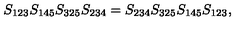
S _ { 1 2 3 } S _ { 1 4 5 } S _ { 3 2 5 } S _ { 2 3 4 } = S _ { 2 3 4 } S _ { 3 2 5 } S _ { 1 4 5 } S _ { 1 2 3 } ,